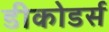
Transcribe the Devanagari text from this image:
डीकोडर्स